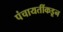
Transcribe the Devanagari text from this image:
पंचायतींकडून